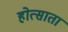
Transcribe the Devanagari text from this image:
होत्साता